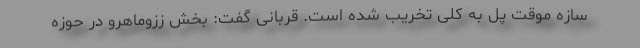
سازه موقت پل به کلی تخریب شده است. قربانی گفت: بخش ززوماهرو در حوزه